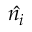
\hat { n _ { i } }